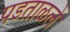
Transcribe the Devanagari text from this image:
पडताळले